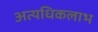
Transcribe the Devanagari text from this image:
अत्यधिकलाभ